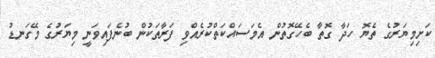
ކަށިމިޔަރުގެ ތެޔޮ ހަދާ ގޮތާ ބެހޭގޮތުން އެމަސައްކަތްކުރެއްވި ފަރާތަކުން ބުނެފައިވަނީ މިޔަރުގެ މޭގަނޑު